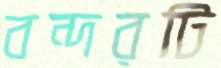
বন্দরটি